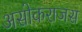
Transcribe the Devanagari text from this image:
असोकराजस